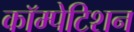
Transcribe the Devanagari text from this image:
कॉम्पेटिशन